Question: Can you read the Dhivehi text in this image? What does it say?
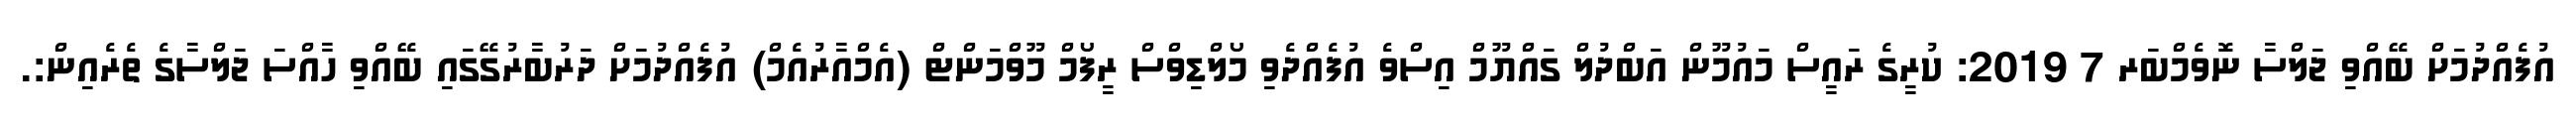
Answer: އުފެއްދުމަށް ބޭއްވި ޖަލްސާ ނޮވެމްބަރ 7 2019: ކުރީގެ ރައީސް މައުމޫން އަބްދުލް ގައްޔޫމް އިސްވެ އުފެއްދެވި މޯލްޑިވްސް ރީފޯމް މޫވްމަންޓް (އެމްއާރުއެމް) އުފެއްދުމަށް ދަރުބާރުގޭގައި ބޭއްވި ހާއްސަ ޖަލްސާގެ ތެރެއިން:.